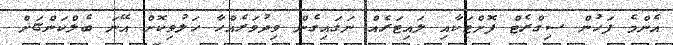
އެންމެ ފަހުން ސިގްރެޓް ފޮށްޓަކާއި ލައިޓަރެއް ނަގައިގެން ވިދުވަރެއްހާ ހަލުވިކޮށް އޭނަ ބެލްކަންޏަށް